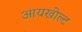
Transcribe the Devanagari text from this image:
आयखोल्ट